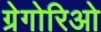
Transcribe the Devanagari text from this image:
ग्रेगोरिओ